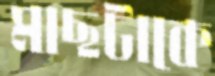
মাছটাকে